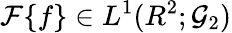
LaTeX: {\mathcal F}\{ f\} \in L^{1}(R^{2};{\mathcal G}_{2})